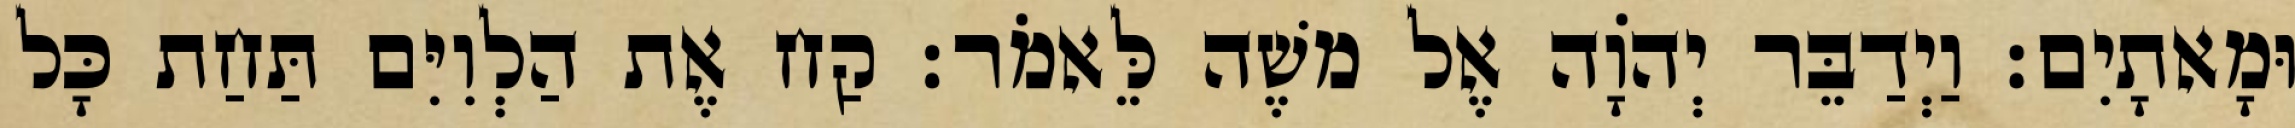
וּמָאתָיִם׃ וַיְדַבֵּר יְהוָֹה אֶל משֶׁה לֵּאמֹר׃ קַח אֶת הַלְוִיִּם תַּחַת כָּל